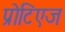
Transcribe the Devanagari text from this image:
प्रोटिएज